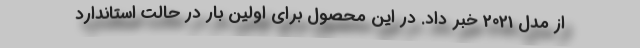
از مدل 2021 خبر داد. در این محصول برای اولین بار در حالت استاندارد